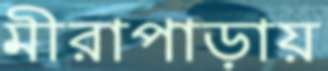
মীরাপাড়ায়